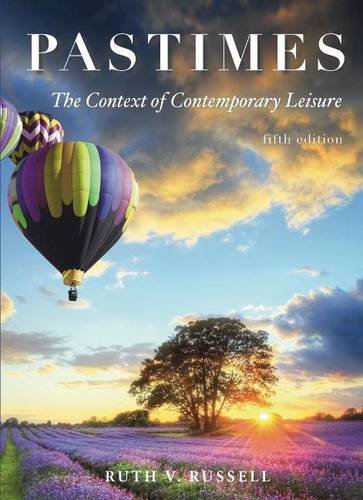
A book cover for Pastimes: The Context of Comtemporary Leisure; Ruth V. Russell; Business & Money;